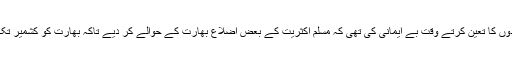
یہی تو ریڈ کلف ایوارڈ نے سرحدوں کا تعین کرتے وقت بے ایمانی کی تھی کہ مسلم اکثریت کے بعض اضلاع بھارت کے حوالے کر دیے تاکہ بھارت کو کشمیر تک راستہ محفوظ راستہ مل جائے۔